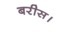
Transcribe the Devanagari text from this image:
बरीस।